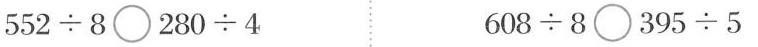
$$552\div8\bigcirc 280\div4 $$ $$ 608\div8\bigcirc 395\div5$$